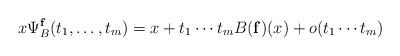
LaTeX: \begin{align*}x\Psi_B^{{\bf f}}(t_1, \dots, t_m) = x + t_1 \cdots t_m B({\bf f})(x) + o(t_1 \cdots t_m )\end{align*}